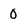
Character: 0